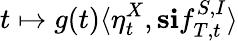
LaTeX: t\mapsto g(t)\langle\eta_{t}^{X},\mathbf{s}\mathbf{i}f_{T,t}^{S,I}\rangle